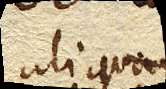
aliquando